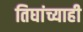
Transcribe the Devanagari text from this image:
तिघांच्याही